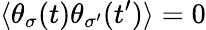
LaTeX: \langle\theta_{\sigma}(t)\theta_{\sigma^{\prime}}(t^{\prime})\rangle=0